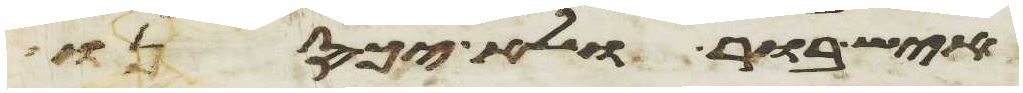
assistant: איש בור ולא יכסנו